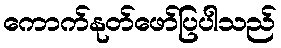
ကောက်နုတ်ဖော်ပြပါသည်